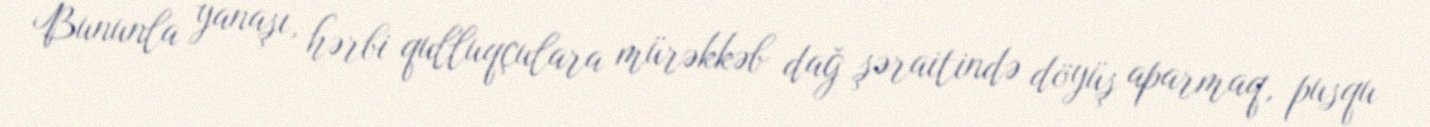
Bununla yanaşı, hərbi qulluqçulara mürəkkəb dağ şəraitində döyüş aparmaq, pusqu